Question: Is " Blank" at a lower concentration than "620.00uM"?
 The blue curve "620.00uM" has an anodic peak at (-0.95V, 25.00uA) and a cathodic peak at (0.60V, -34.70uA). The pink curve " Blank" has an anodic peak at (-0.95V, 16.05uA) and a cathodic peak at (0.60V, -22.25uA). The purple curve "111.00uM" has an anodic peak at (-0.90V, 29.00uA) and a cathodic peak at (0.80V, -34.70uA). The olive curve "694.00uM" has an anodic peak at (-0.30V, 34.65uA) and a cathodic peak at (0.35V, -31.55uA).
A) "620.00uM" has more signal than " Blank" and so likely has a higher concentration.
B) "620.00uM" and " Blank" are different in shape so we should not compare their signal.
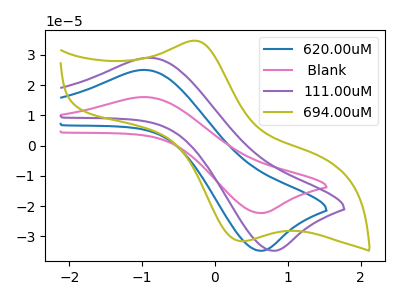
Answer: <think>All the peaks in "620.00uM" have a peak in " Blank" at the same potential. Every peak in "620.00uM" is higher than every peak in " Blank".
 </think>
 <answer>A) "620.00uM" has more signal than " Blank" and so likely has a higher concentration.</answer>
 <eval>A</eval>